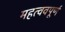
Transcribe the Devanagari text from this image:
महत्ववपूर्ण